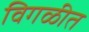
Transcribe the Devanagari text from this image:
विगळीत